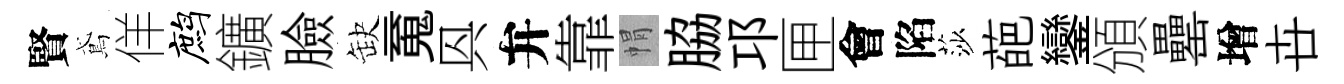
賢鳶佯鹧鑛臉缺䰟㒷弁靠㡌脇邛匣會陷莎葩鑾頒罍增卋